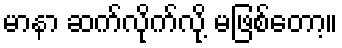
မာနာ ဆက်လိုက်လို့ မဖြစ်တော့။